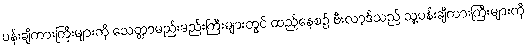
ပန်းချီကားကြီးများကို သေတ္တာမည်းမည်းကြီးများတွင် ထည့်နေစဉ် ဗီးလာ့ဒ်သည် သူ့ပန်းချီကားကြီးများကို